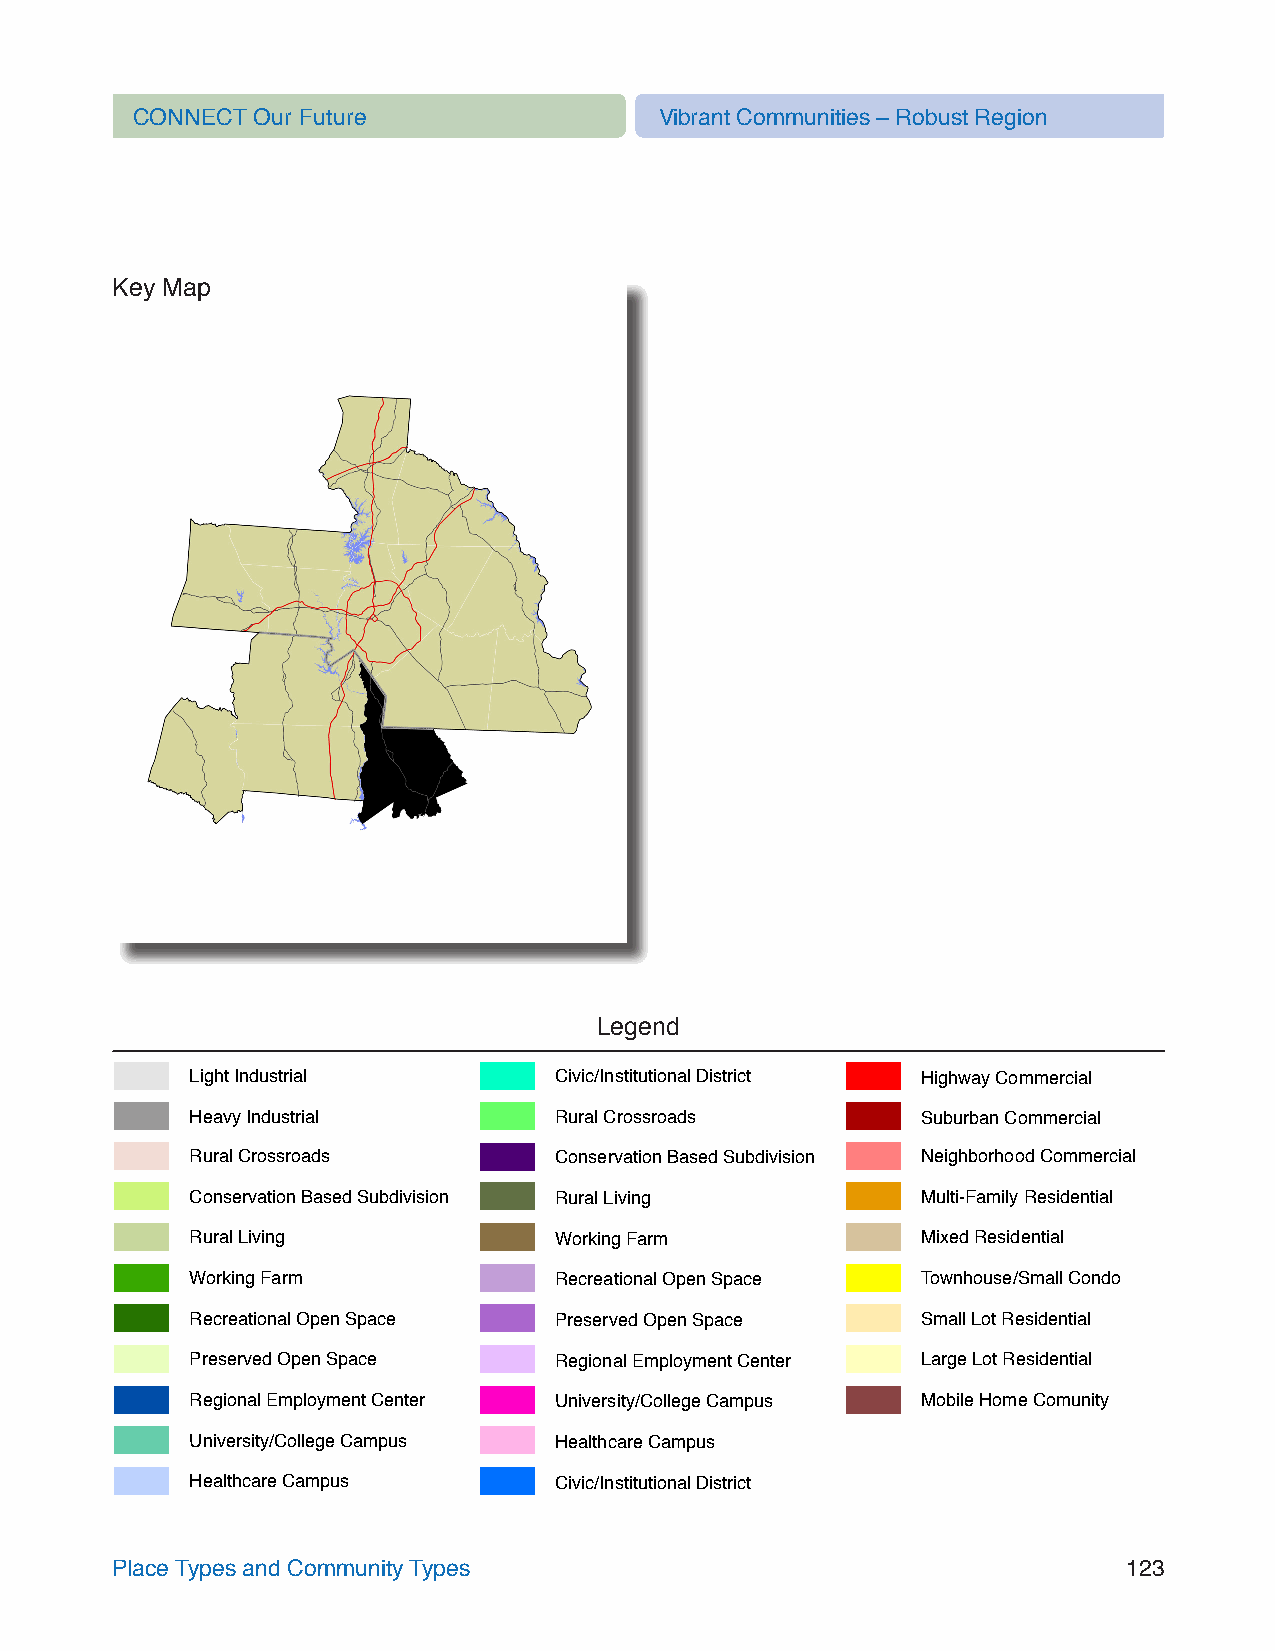
CONNECT Our Future                 Vibrant Communities – Robust Region
 Key Map
 Legend
 Light Industrial        Civic/Institutional District Highway Commercial
 Heavy Industrial        Rural Crossroads        Suburban Commercial
 Rural Crossroads        Conservation Based Subdivision Neighborhood Commercial
 Conservation Based Subdivision Rural Living     Multi-Family Residential
 Rural Living            Working Farm            Mixed Residential
 Working Farm            Recreational Open Space Townhouse/Small Condo
 Recreational Open Space Preserved Open Space    Small Lot Residential
 Preserved Open Space    Regional Employment Center Large Lot Residential
 Regional Employment Center University/College Campus Mobile Home Comunity
 University/College Campus Healthcare Campus
 Healthcare Campus       Civic/Institutional District
 Place Types and Community Types                                     123